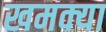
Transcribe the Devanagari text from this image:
खमक्या